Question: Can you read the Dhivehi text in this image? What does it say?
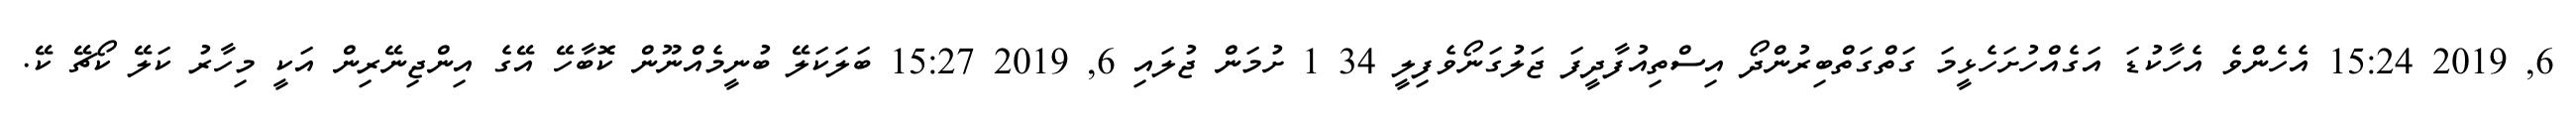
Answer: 6, 2019 15:24 އެހެންވެ އެހާކުޑަ އަގެއްހުށަހެޅީމަ ގަތްގަތްބިރުންދޯ އިސްތިއުފާދީފަ ޖަލުގަނޯވެފިލީ 34 1 ށުމަން ޖުލައި 6, 2019 15:27 ބަލަކަލޭ ބުނީމެއްނޫން ކޮބާހޭ އޭގެ އިންޖިނޭރިން އަކީ މިހާރު ކަލޭ ކޯޗޭ ކޭ.